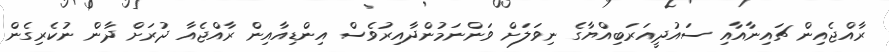
ރާއްޖެއިން ޗައިނާއާއި ސައުދީއަރަބިއްޔާގެ ނިވަލަށް ވަންނަމުންދާއިރުވެސް އިންޑިއާއިން ރާއްޖެއާ ދުރަށް ދާން ނުކެރިގެން